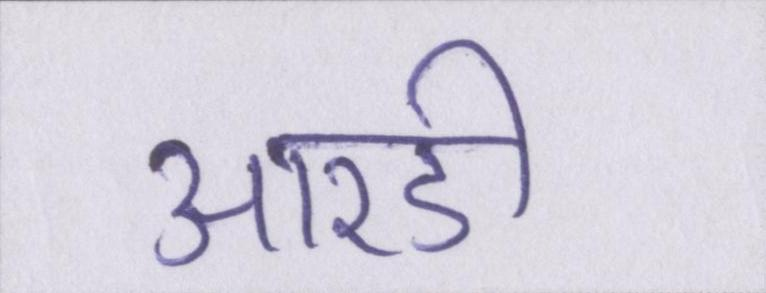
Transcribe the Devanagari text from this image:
आरडी